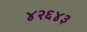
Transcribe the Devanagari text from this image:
४२६४३